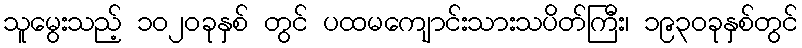
သူမွေးသည့် ၁၀၂၀ခုနှစ် တွင် ပထမကျောင်းသားသပိတ်ကြီး၊ ၁၉၃၀ခုနှစ်တွင်